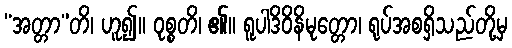
“အတ္တာ”တိ၊ ဟူ၍။ ဝုစ္စတိ၊ ၏။ ရူပါဒိဝိနိမုတ္တော၊ ရုပ်အစရှိသည်တို့မှ